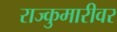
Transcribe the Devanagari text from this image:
राज्कुमारीवर